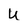
Character: u